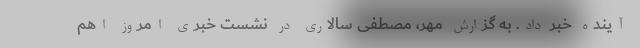
آینده خبر داد. به گزارش مهر، مصطفی سالاری در نشست خبری امروز اهم